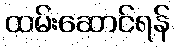
ထမ်းဆောင်ရန်